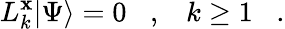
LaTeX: L_{k}^{\mathbf{x}}|\Psi\rangle=0\; \; \; ,\; \; \; k\geq1\; \; \; .